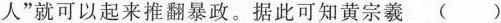
人”就可以起来推翻暴政。据此可知黄宗羲 ()